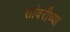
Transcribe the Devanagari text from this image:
सांवरीच्या